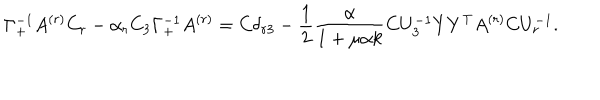
\Gamma _ { + } ^ { - 1 } A ^ { ( r ) } C _ { r } - \alpha _ { r } C _ { 3 } \Gamma _ { + } ^ { - 1 } A ^ { ( r ) } = C \delta _ { r 3 } - \frac { 1 } { 2 } \frac { \alpha } { 1 + \mu \alpha k } C U _ { 3 } ^ { - 1 } Y Y ^ { \mathrm { T } } A ^ { ( r ) } C U _ { r } ^ { - 1 } .